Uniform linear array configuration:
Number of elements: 48
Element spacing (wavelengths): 0.25
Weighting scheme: exponential
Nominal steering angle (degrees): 15
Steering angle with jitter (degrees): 13.252
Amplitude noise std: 0.05
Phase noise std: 0.05

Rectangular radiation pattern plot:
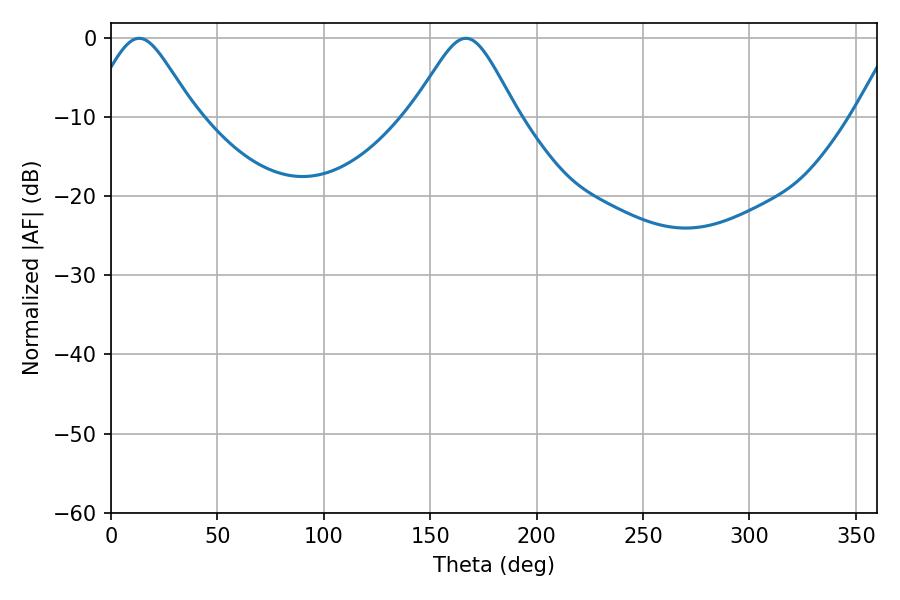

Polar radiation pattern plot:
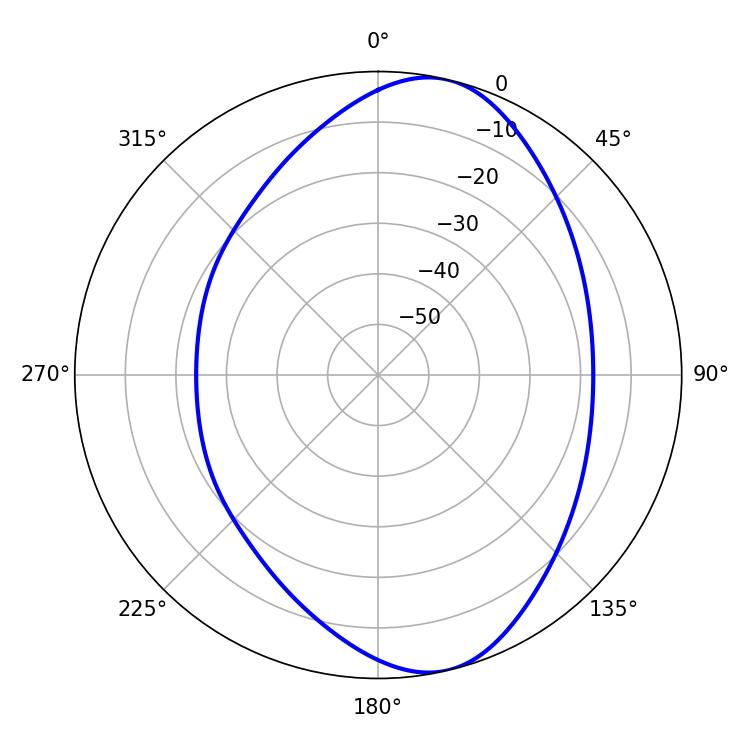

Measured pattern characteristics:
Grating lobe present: FALSE
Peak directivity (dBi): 8.904
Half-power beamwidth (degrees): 24.12
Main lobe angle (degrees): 13.32